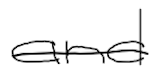
Text: and
Cross-out: single-line
Writing tool: digital_black